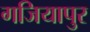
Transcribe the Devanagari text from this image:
गजियापुर